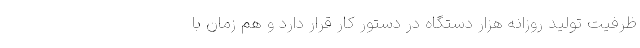
ظرفیت تولید روزانه هزار دستگاه در دستور کار قرار دارد و هم زمان با